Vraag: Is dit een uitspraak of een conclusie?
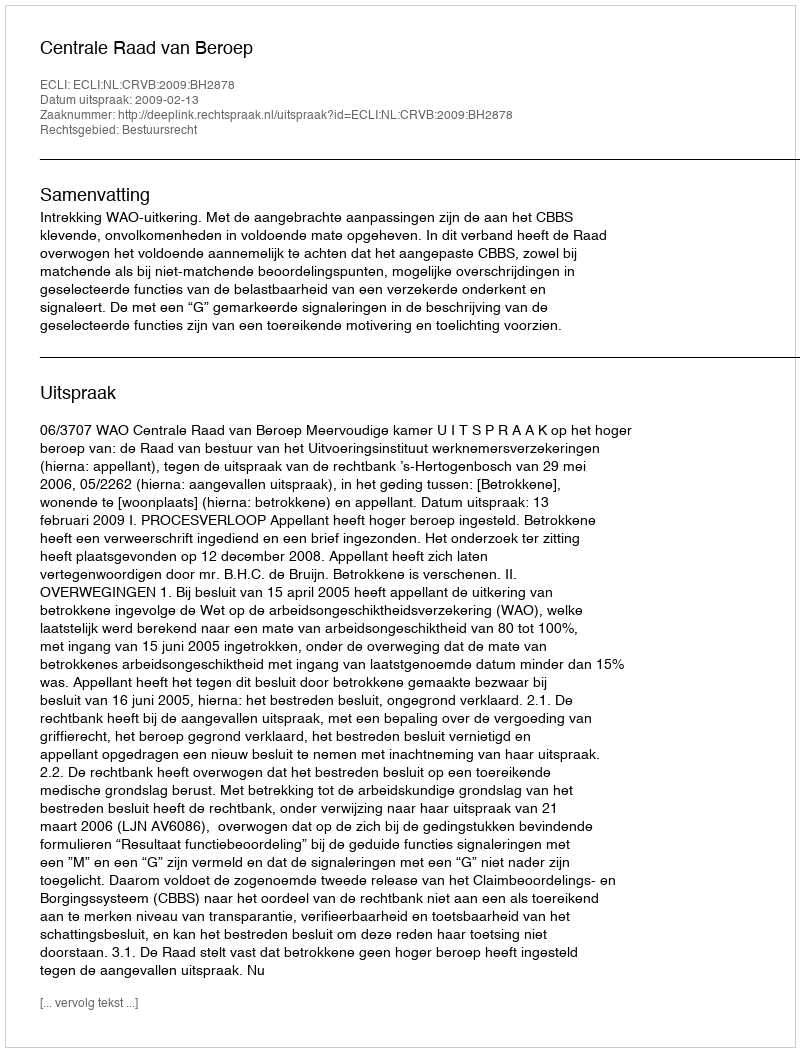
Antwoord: Uitspraak